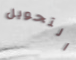
التحويل